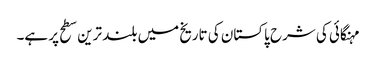
مہنگائی کی شرح پاکستان کی تاریخ میں بلند ترین سطح پر ہے۔